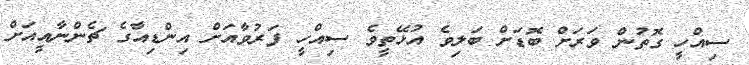
ސިއްހީ ގޮތުން ވަރަށް ބޮޑަށް ބަލިވެ އުޅޭތީވެ ސިއްހީ ފަރުވާއަށް އިންޑިއާގެ ޗެންނާއީއަށް